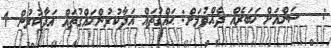
:   ސަންއަށް ޚަބަރެއް ދެއްވުމަށް: ޙައްޤުތައް އަދާކުރުންޙައްޤުތައް އަދާކުރުން 1